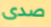
صدى